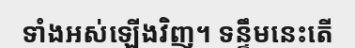
ទាំងអស់ឡើងវិញ។ ទន្ទឹមនេះតើ